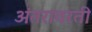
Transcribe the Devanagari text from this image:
अंतरावरती